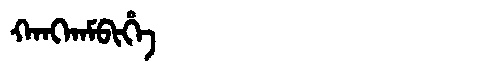
Manchu: ᡴᠠᠩᡴᠠᠮᠪᡳᡥᡝ
Romanization: KANGKAMBIHE